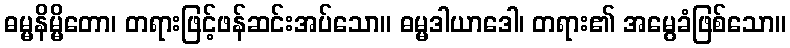
ဓမ္မနိမ္မိတော၊ တရားဖြင့်ဖန်ဆင်းအပ်သော။ ဓမ္မဒါယာဒေါ၊ တရား၏ အမွေခံဖြစ်သော။